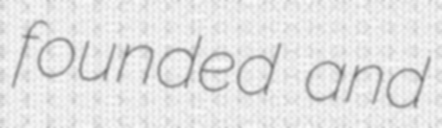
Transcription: founded and